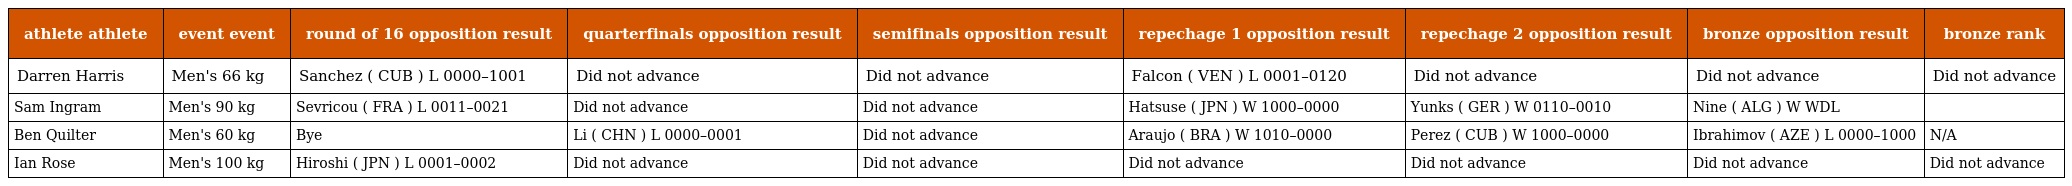
| athlete athlete | event event | round of 16 opposition result | quarterfinals opposition result | semifinals opposition result | repechage 1 opposition result | repechage 2 opposition result | bronze opposition result | bronze rank |
 | --- | --- | --- | --- | --- | --- | --- | --- | --- |
 | Darren Harris | Men's 66 kg | Sanchez ( CUB ) L 0000–1001 | Did not advance | Did not advance | Falcon ( VEN ) L 0001–0120 | Did not advance | Did not advance | Did not advance |
 | Sam Ingram | Men's 90 kg | Sevricou ( FRA ) L 0011–0021 | Did not advance | Did not advance | Hatsuse ( JPN ) W 1000–0000 | Yunks ( GER ) W 0110–0010 | Nine ( ALG ) W WDL |  |
 | Ben Quilter | Men's 60 kg | Bye | Li ( CHN ) L 0000–0001 | Did not advance | Araujo ( BRA ) W 1010–0000 | Perez ( CUB ) W 1000–0000 | Ibrahimov ( AZE ) L 0000–1000 | N/A |
 | Ian Rose | Men's 100 kg | Hiroshi ( JPN ) L 0001–0002 | Did not advance | Did not advance | Did not advance | Did not advance | Did not advance | Did not advance |